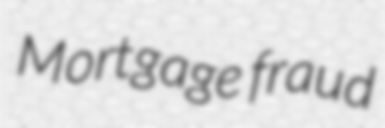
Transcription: Mortgage fraud